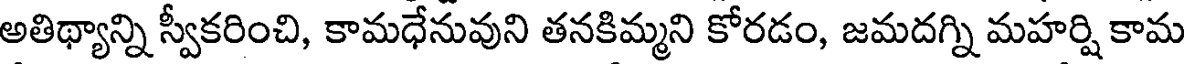
అతిథ్యాన్ని స్వీకరించి, కామధేనువుని తనకిమ్మని కోరడం, జమదగ్ని మహర్షి కామ